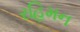
રહિમન